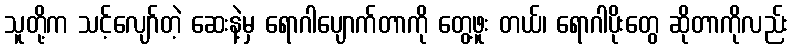
သူတို့က သင့်လျော်တဲ့ ဆေးနဲ့မှ ရောဂါပျောက်တာကို တွေ့ဖူး တယ်၊ ရောဂါပိုးတွေ ဆိုတာကိုလည်း